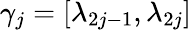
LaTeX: \gamma_{j}=[\lambda_{2j-1},\lambda_{2j}]